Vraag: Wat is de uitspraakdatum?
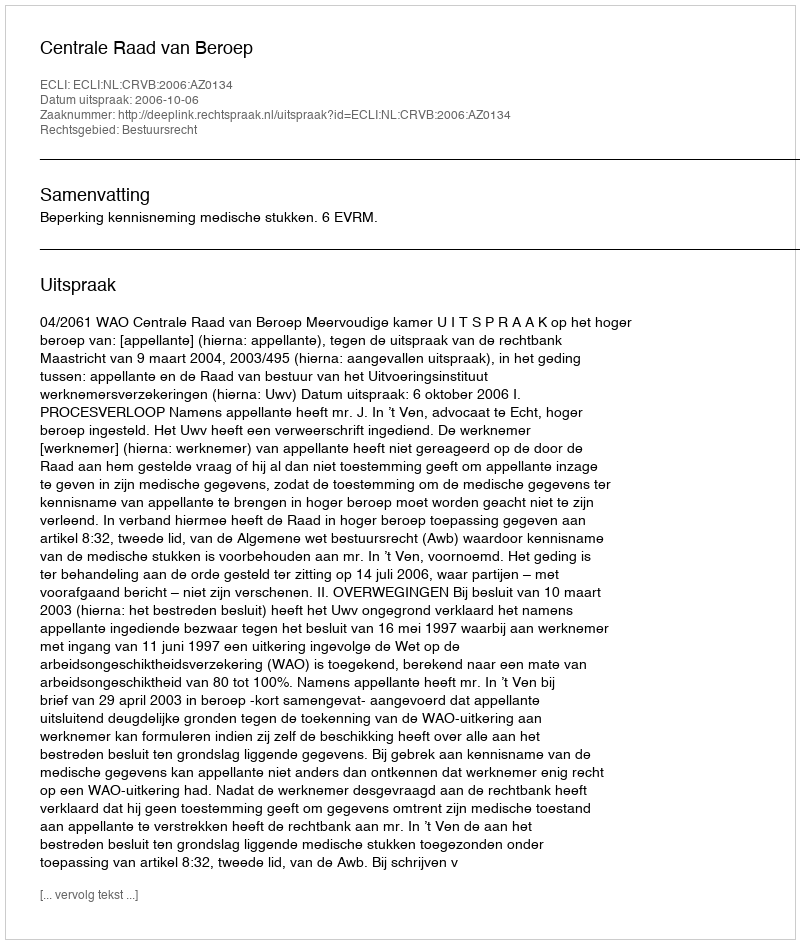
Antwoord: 2006-10-06